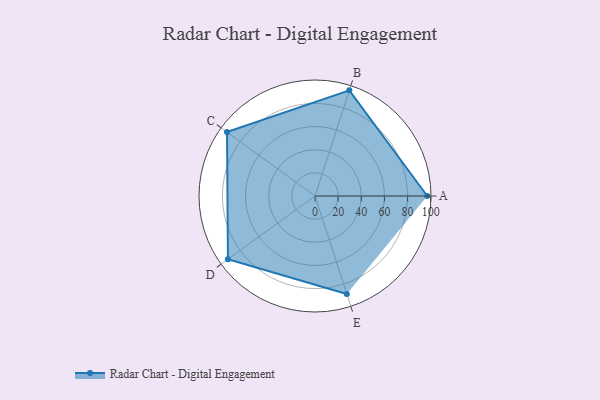
{"axis": {"x": "Skill", "y": "Score"}, "legend": ["Profile"], "data": [{"x": "A", "y": 97.0, "type": "Profile"}, {"x": "B", "y": 96.0, "type": "Profile"}, {"x": "C", "y": 94.0, "type": "Profile"}, {"x": "D", "y": 93.0, "type": "Profile"}, {"x": "E", "y": 89.0, "type": "Profile"}]}